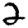
Digit: 2